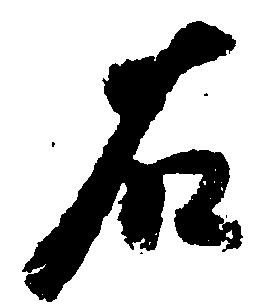
右